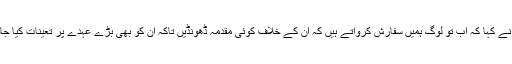
انھوں نے کہا کہ اب تو لوگ ہمیں سفارش کرواتے ہیں کہ اُن کے خلاف کوئی مقدمہ ڈھونڈیں تاکہ اُن کو بھی بڑے عہدے پر تعینات کیا جاسکے۔